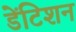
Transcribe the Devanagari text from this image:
डेंटिशन